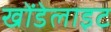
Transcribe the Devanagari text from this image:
खोंडेलाइट